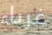
غرباء